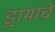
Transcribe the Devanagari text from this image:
ड्रामाचे